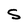
Character: S